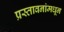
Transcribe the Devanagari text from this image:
प्रस्तावनांमधून